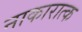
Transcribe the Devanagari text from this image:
नाकारात्क